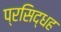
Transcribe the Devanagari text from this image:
प्रसिद्धह